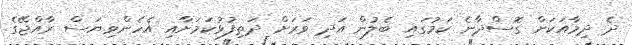
ދެ ދިމާއަކަށް ގޮސްދާނެ ކަމުގައި ބެލުން އަދި ވަރަށް ދަތިފުޅުކަމަށާއި އެހެންވިޔަސް ރާއްޖޭގެ